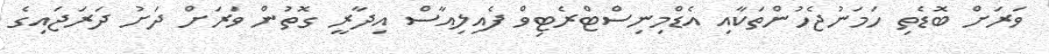
ވަރަށް ބޮޑެތި ހަމަނުޖެހުންތަކާއި އެޑްމިނިސްޓްރެޓިވް ފެއިލިއާސް އިދާރީ ގޮތުން ވަރަށް ދަށު ދަރަޖައިގެ